Lunatic asylums in Bengal annual reports 1888-1898 - 1888-1898
Year: 1888
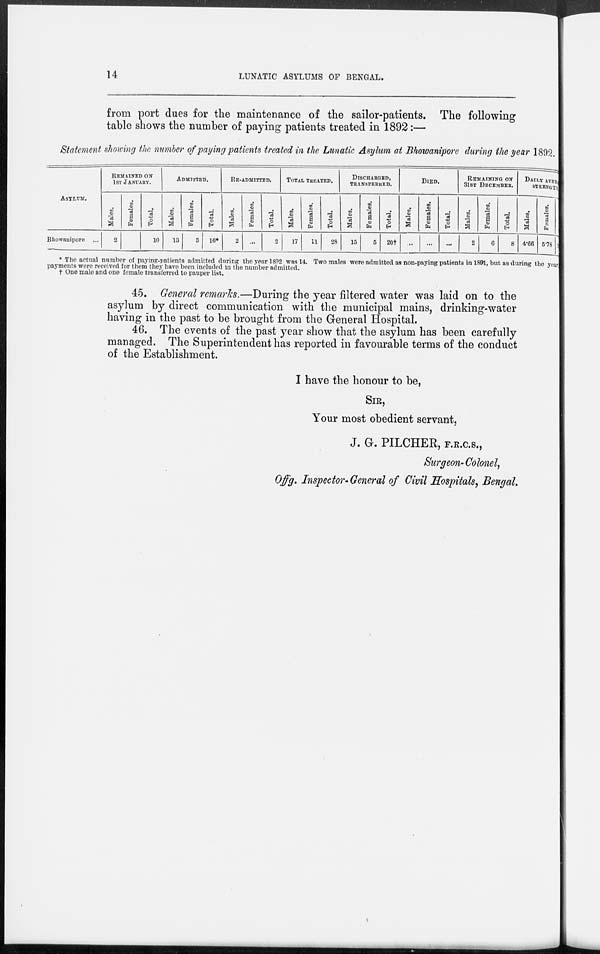
14
LUNATIC ASYLUMS OF BENGAL.
from port dues for the maintenance of the sailor-patients. The following
table shows the number of paying patients treated in 1892:—
Statement showing the number of paying patients treated in the Lunatic Asylum at Bhowanipore during the year 1892.
ASYLUM.
Bhowanipore ...
REMAINED ON
1ST JANUARY.
Males.
2
Females.
8
Total.
10
ADMITTED.
Males.
13
Females.
3
Total.
16*
RE-ADMITTED.
Males.
2
Females.
...
Total.
2
TOTAL TREATED.
Males.
17
Females.
11
Total.
28
DISCHARGED,
TRANSFERRED.
Males.
15
Females.
5
Total.
20†
DIED.
Males.
...
Females.
...
Total.
...
REMAINING ON
31ST DECEMBER.
Males.
2
Females.
6
Total.
8
DAILY AVERAGE
STRENGTH.
Males.
4.66
Females.
5.78
Total.
10.44
* The actual number of paying-patients admitted during the year 1892 was 14. Two males were admitted as non-paying patients in 1891, but as during the year
payments were received for them they have been included in the number admitted.
† One male and one female transferred to pauper list.
45. General remarks.—During the year filtered water was laid on to the
asylum by direct communication with the municipal mains, drinking-water
having in the past to be brought from the General Hospital.
46. The events of the past year show that the asylum has been carefully
managed. The Superintendent has reported in favourable terms of the conduct
of the Establishment.
I have the honour to be,
SIR,
Your most obedient servant,
J. G. PILCHER, F.R.C.S.,
Surgeon-Colonel,
Of f g. Inspector-General of Civil Hospitals, Bengal.